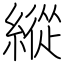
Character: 縱